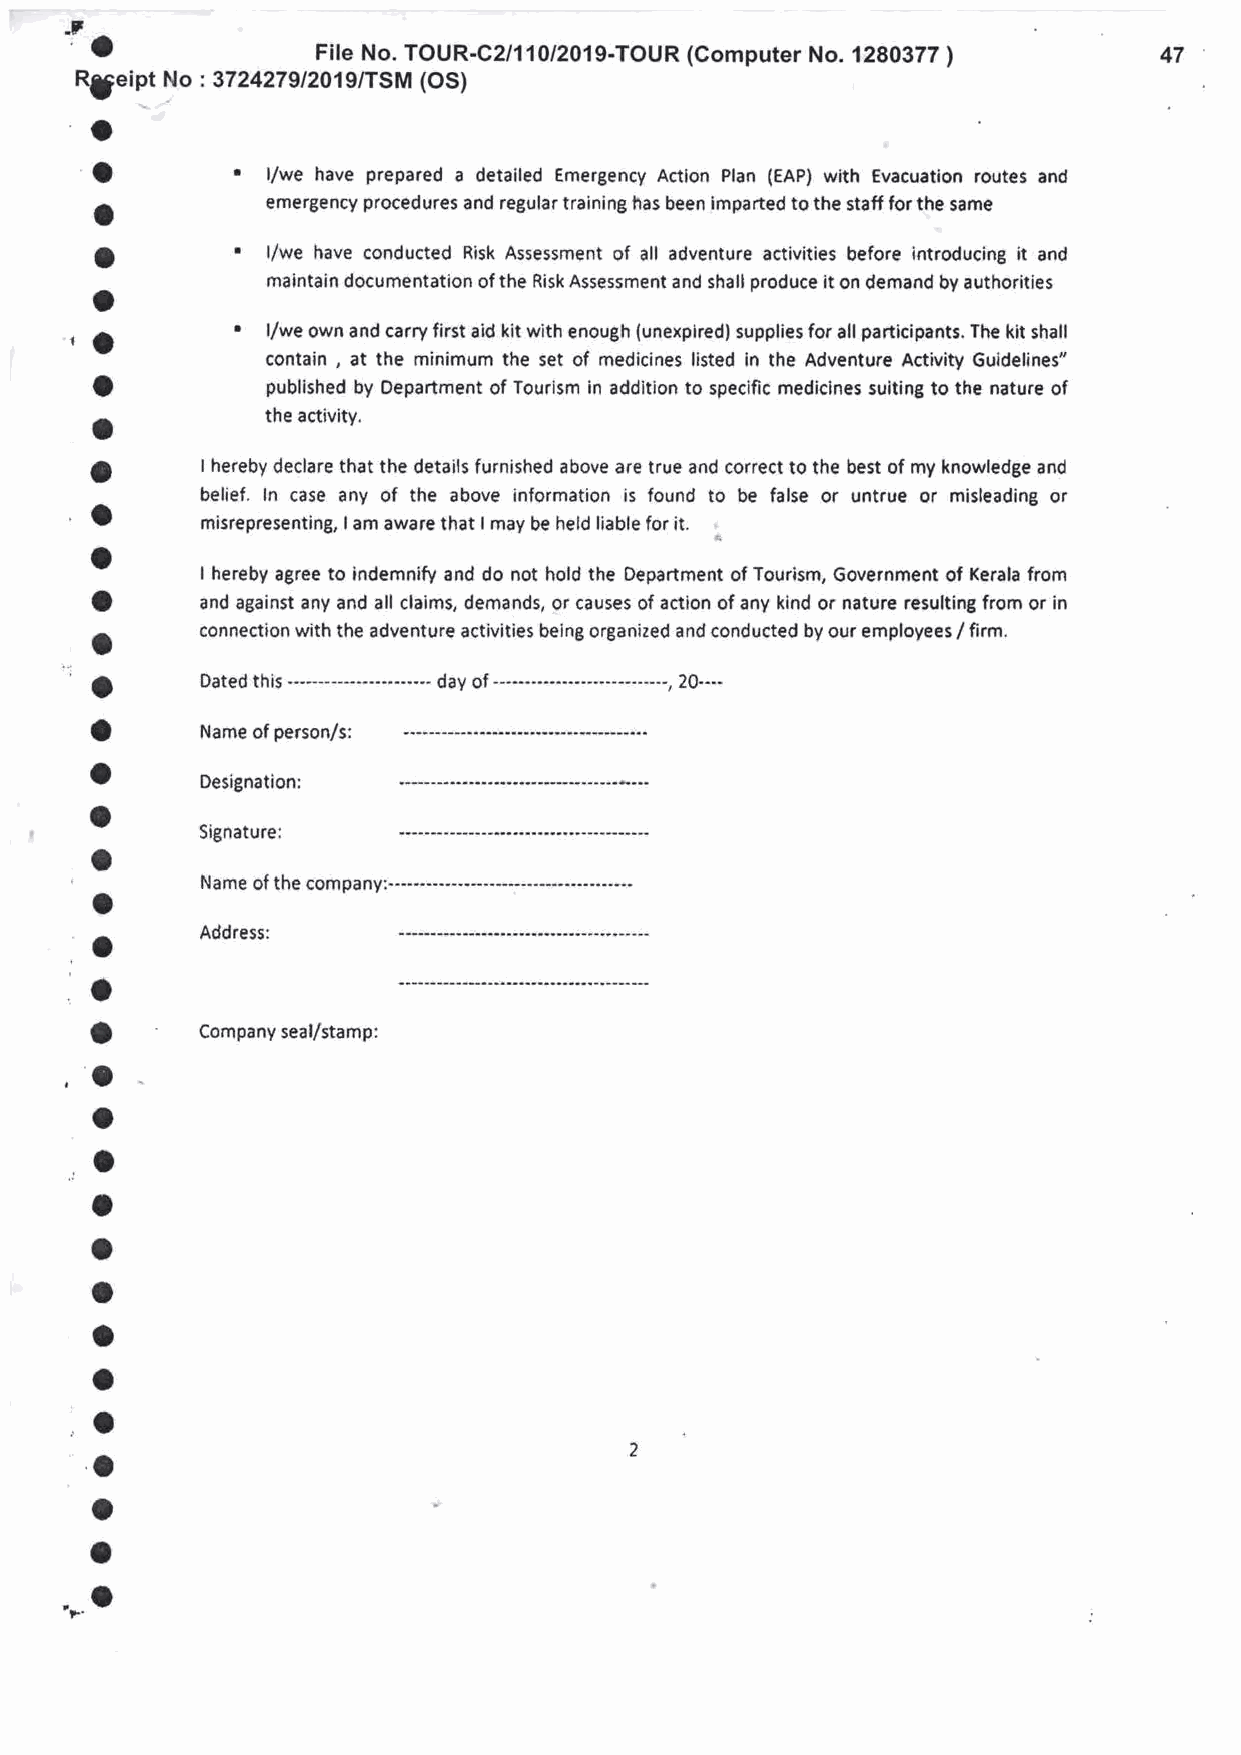
,a
 -7
 File No. TOUR-C2/11012019-TOUR (Computer No. 1280377    47
 )
 \geint No :3724279/2019/TSM (OS)
 o
 o         r
 l/we have prepared a detailed Emergency Action Plan (EAP) with Evacuation routes and
 a           emergency procedures and regular training has been imparted to the staff for the same
 O         ' l/we have conducted Risk Assessment of all adventure activities before introducing it and
 maintain documentation of the Risk Assessment and shall produce it on demand by authorities
 o
 ta         .
 l/we own and carry first aid kit with enough (unexpired) supplies for all participants. The kit shall
 contain , at the minimum the set of medicines listed in the Adventure Activity Guidelines"
 o
 published by Department of Tourism in addition to specific medicines suiting to the nature of
 a           the activity.
 o      I hereby declare that the details furnished above are true and correct to the best of my knowledge and
 belief. ln case any of the above information is found to be false or untrue or misleading or
 o
 misrepresenting, I am aware that I may be held liable for it.
 o
 I hereby agree to indemnify and do not hold the Department of Tourism, Government of Kerala from
 a
 and against any and all claims, demands, or causes of action of any kind or nature resulting from or in
 o      connection with the adventure activities being organized and conducted by our employees / firm.
 'a
 this
 Dated         ---.. day of ------------...-..---------, 20....
 a
 Name of person/s:
 o
 Designation:
 o
 Signature:
 a
 o
 o      Address:
 r
 a
 Company seal/stamp:
 ,o
 a
 ,o
 o
 o
 o
 o
 o
 ,o
 o
 o
 o
 '*'O